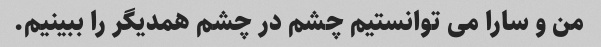
من و سارا می توانستیم چشم در چشم همدیگر را ببینیم.